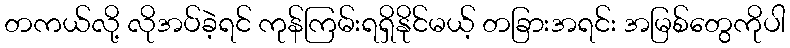
တကယ်လို့ လိုအပ်ခဲ့ရင် ကုန်ကြမ်းရရှိနိုင်မယ့် တခြားအရင်း အမြစ်တွေကိုပါ